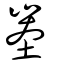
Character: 峚